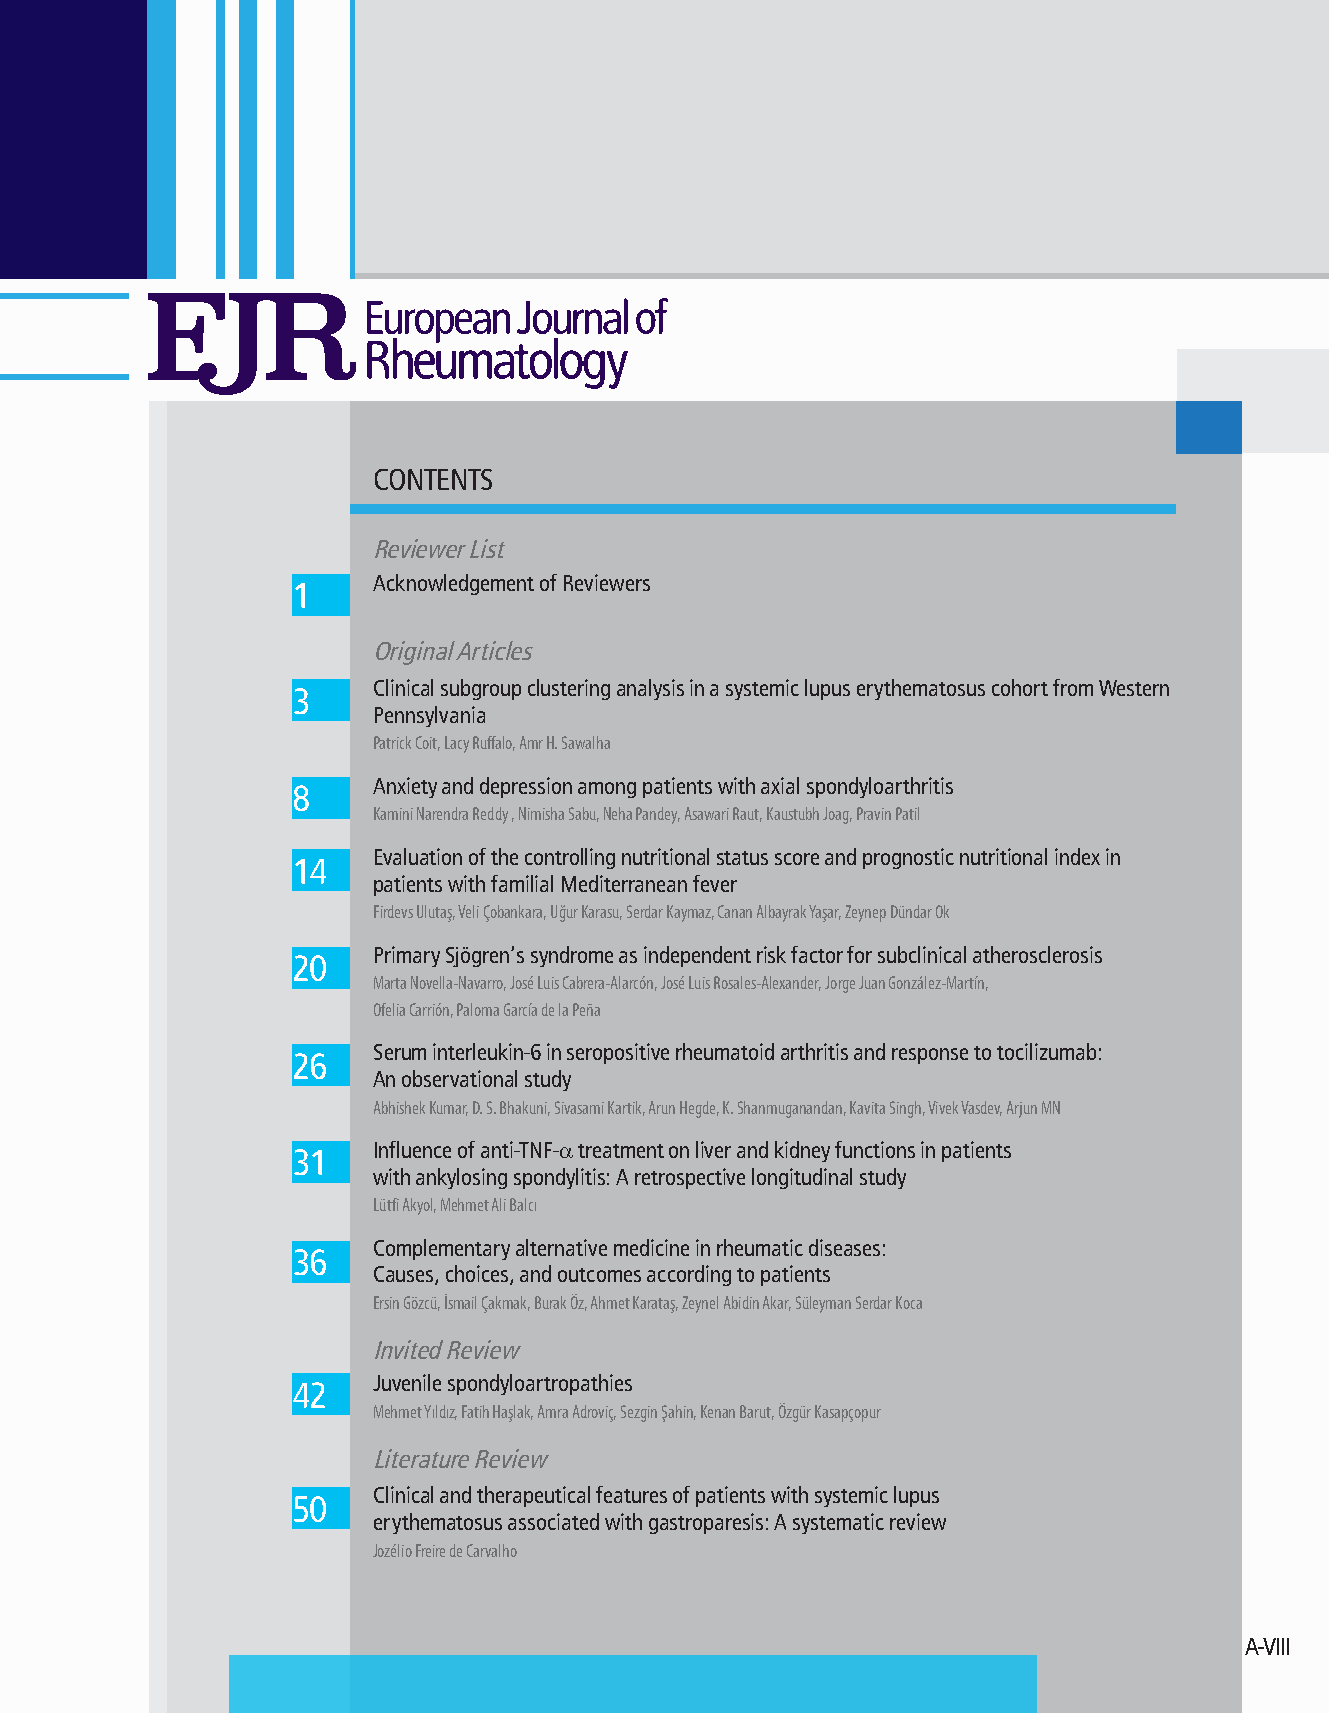
CONTENTS
 Reviewer List
 Acknowledgement of Reviewers
 1
 Original Articles
 Clinical subgroup clustering analysis in a systemic lupus erythematosus cohort from Western
 3
 Pennsylvania
 Patrick Coit, Lacy Ruffalo, Amr H. Sawalha
 Anxiety and depression among patients with axial spondyloarthritis
 8
 Kamini Narendra Reddy , Nimisha Sabu, Neha Pandey, Asawari Raut, Kaustubh Joag, Pravin Patil
 Evaluation of the controlling nutritional status score and prognostic nutritional index in
 14
 patients with familial Mediterranean fever
 Firdevs Ulutaş, Veli Çobankara, Uğur Karasu, Serdar Kaymaz, Canan Albayrak Yaşar, Zeynep Dündar Ok
 Primary Sjögren’s syndrome as independent risk factor for subclinical atherosclerosis
 20
 Marta Novella-Navarro, José Luis Cabrera-Alarcón, José Luis Rosales-Alexander, Jorge Juan González-Martín,
 Ofelia Carrión, Paloma García de la Peña
 Serum interleukin-6 in seropositive rheumatoid arthritis and response to tocilizumab:
 26
 An observational study
 Abhishek Kumar, D. S. Bhakuni, Sivasami Kartik, Arun Hegde, K. Shanmuganandan, Kavita Singh, Vivek Vasdev, Arjun MN
 Influence of anti-TNF-α treatment on liver and kidney functions in patients
 31
 with ankylosing spondylitis: A retrospective longitudinal study
 Lütfi Akyol, Mehmet Ali Balcı
 Complementary alternative medicine in rheumatic diseases:
 36
 Causes, choices, and outcomes according to patients
 Ersin Gözcü, İsmail Çakmak, Burak Öz, Ahmet Karataş, Zeynel Abidin Akar, Süleyman Serdar Koca
 Invited Review
 Juvenile spondyloartropathies
 42
 Mehmet Yıldız, Fatih Haşlak, Amra Adroviç, Sezgin Şahin, Kenan Barut, Özgür Kasapçopur
 Literature Review
 Clinical and therapeutical features of patients with systemic lupus
 50
 erythematosus associated with gastroparesis: A systematic review
 Jozélio Freire de Carvalho
 A-VIII